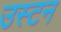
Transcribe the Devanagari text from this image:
उस्टन